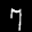
Label: 7